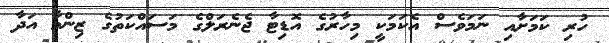
ހުރި ކަމަށާއި ނަމަވެސް އެކަމަކީ މިހާރުގެ އޮޑިޓާ ޖެނެރަލްގެ މަސައްކަތުގެ ޒިންމާ އަދާ